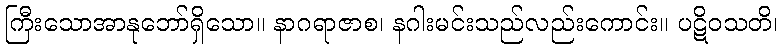
ကြီးသောအာနုဘော်ရှိသော။ နာဂရာဇာစ၊ နဂါးမင်းသည်လည်းကောင်း။ ပဋိဝသတိ၊